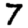
Digit: 7